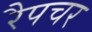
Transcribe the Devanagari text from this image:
रैपचर